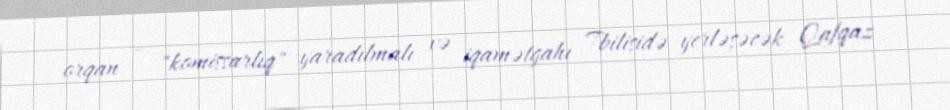
orqan – "komissarlıq" yaradılmalı və iqamətgahı Tbilisidə yerləşəcək Qafqaz